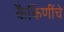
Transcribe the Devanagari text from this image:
कैकिणींचे